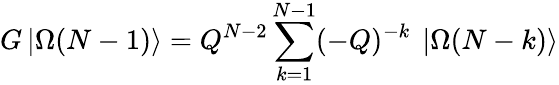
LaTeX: G\left|\Omega(N-1)\right\rangle=Q^{N-2}\sum_{k=1}^{N-1}(-Q)^{-k}\ \left|\Omega(N-k)\right\rangle